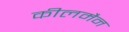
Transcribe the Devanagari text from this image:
कीलमैन